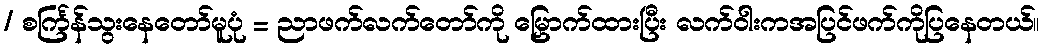
/ စင်္ကြန်သွးနေတော်မူပုံ = ညာဖက်လက်တော်ကို မြှောက်ထားပြီး လက်ဝါးကအပြင်ဖက်ကိုပြနေတယ်။